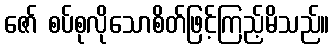
ဇော် စပ်စုလိုသောစိတ်ဖြင့်ကြည့်မိသည်။